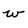
Character: w